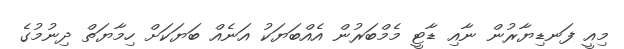
މިއީ ފަނޑިޔާރުން ނާއި ޑާޓީ މެމްބަރުން އެއްބަޔަކު އަނެއް ބަޔަކަށް ހިމާޔަތް ދިނުމުގެ